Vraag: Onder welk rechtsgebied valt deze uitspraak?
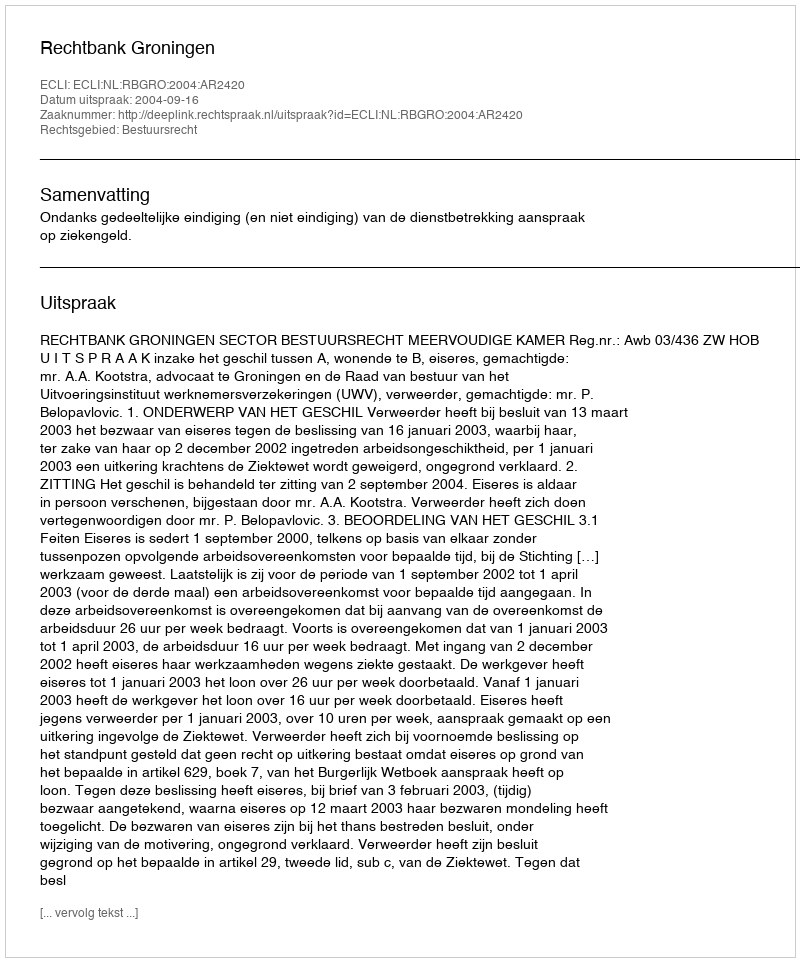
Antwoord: Bestuursrecht